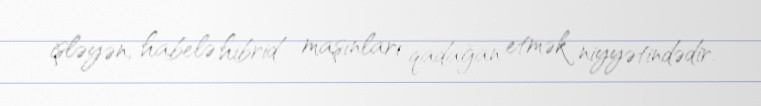
işləyən, habelə hibrid maşınları qadağan etmək niyyətindədir.